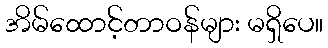
အိမ်ထောင့်တာဝန်များ မရှိပေ။